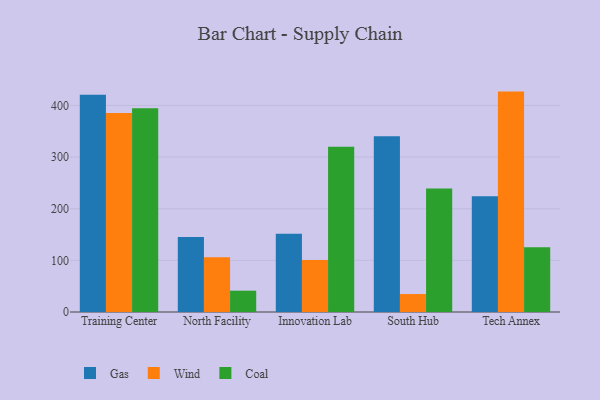
{"axis": {"x": "Campus", "y": "Operating Costs (USD K)"}, "legend": ["Coal", "Gas", "Wind"], "data": [{"x": "Training Center", "y": 420.9, "type": "Gas"}, {"x": "Training Center", "y": 385.4, "type": "Wind"}, {"x": "Training Center", "y": 394.6, "type": "Coal"}, {"x": "North Facility", "y": 145.5, "type": "Gas"}, {"x": "North Facility", "y": 106.2, "type": "Wind"}, {"x": "North Facility", "y": 41.3, "type": "Coal"}, {"x": "Innovation Lab", "y": 151.8, "type": "Gas"}, {"x": "Innovation Lab", "y": 100.5, "type": "Wind"}, {"x": "Innovation Lab", "y": 320.0, "type": "Coal"}, {"x": "South Hub", "y": 340.2, "type": "Gas"}, {"x": "South Hub", "y": 34.8, "type": "Wind"}, {"x": "South Hub", "y": 239.4, "type": "Coal"}, {"x": "Tech Annex", "y": 224.1, "type": "Gas"}, {"x": "Tech Annex", "y": 426.9, "type": "Wind"}, {"x": "Tech Annex", "y": 125.4, "type": "Coal"}]}